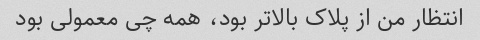
انتظار من از پلاک بالاتر بود، همه چی معمولی بود